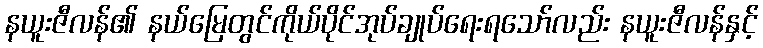
နယူးဇီလန်၏ နယ်မြေတွင်ကိုယ်ပိုင်အုပ်ချုပ်ရေးရသော်လည်း နယူးဇီလန်နှင့်